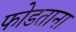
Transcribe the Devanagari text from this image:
फोडताना